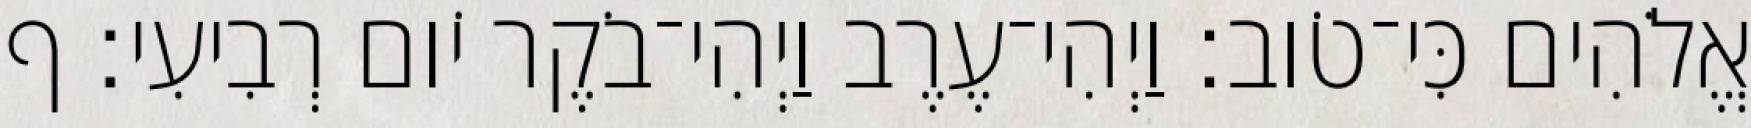
אֱלֹהִים כִּי־טֹוב׃ וַיְהִי־עֶרֶב וַיְהִי־בֹקֶר יֹום רְבִיעִי׃ ף